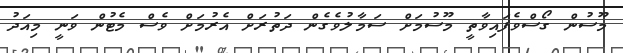
މޫސުން ގޯސްވެފައިވާތީ މޫސުމަށް ސަމާލުވެގެން ދަތުރަށް އެރުމަށް ވެސް މެޓުން ވަނީ މިއަދު